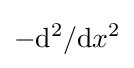
-\mathrm {d} ^{2}/\mathrm {d} x^{2}